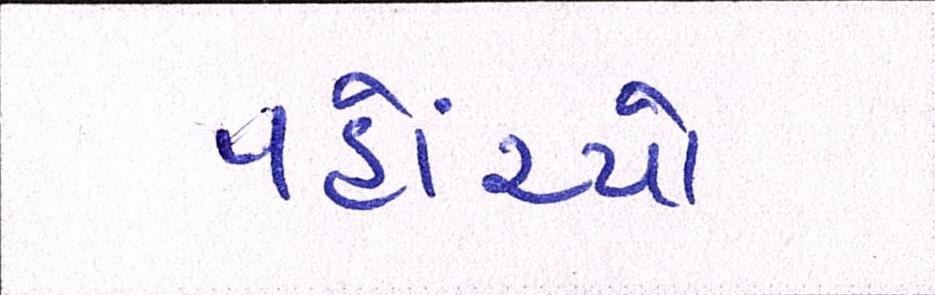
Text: પહોંચ્યો